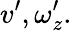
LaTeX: v^{\prime},\omega_{z}^{\prime}.